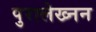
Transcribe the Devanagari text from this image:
पुरालेख्नन